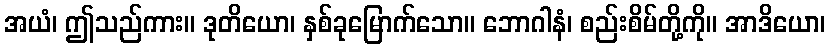
အယံ၊ ဤသည်ကား။ ဒုတိယော၊ နှစ်ခုမြောက်သော။ ဘောဂါနံ၊ စည်းစိမ်တို့ကို။ အာဒိယော၊